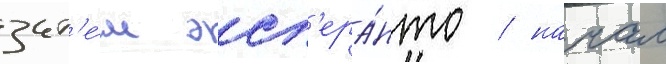
зат'е́м эсп'ера́нто / начал